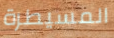
المسيطرة